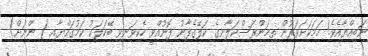
ނަބިއްޔާއެވެ! ހަމަކަށަވަރުން ތިމަންރަސްކަލާނގެ ކަލޭގެފާނު ފޮނުއްވީ ހެކިވަނިވި ބޭކަލަކު ކަމުގައްޔާއި ( ންނަށް)